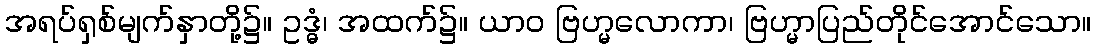
အရပ်ရှစ်မျက်နှာတို့၌။ ဥဒ္ဓံ၊ အထက်၌။ ယာဝ ဗြဟ္မလောကာ၊ ဗြဟ္မာပြည်တိုင်အောင်သော။